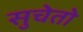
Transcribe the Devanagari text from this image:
सुचेतो